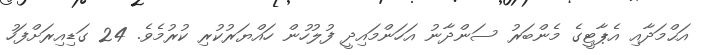
އަޙްމަދާއި އެޕާޓީގެ މެންބަރު ސަންދާނު އަހަންމައިދީ ފުލުހުން ހައްޔަރުކުރި ކުރުމެވެ. 24 ގަޑިއިރަށްފަހު